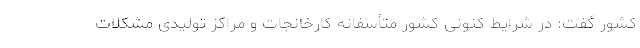
کشور گفت: در شرایط کنونی کشور متأسفانه کارخانجات و مراکز تولیدی مشکلات